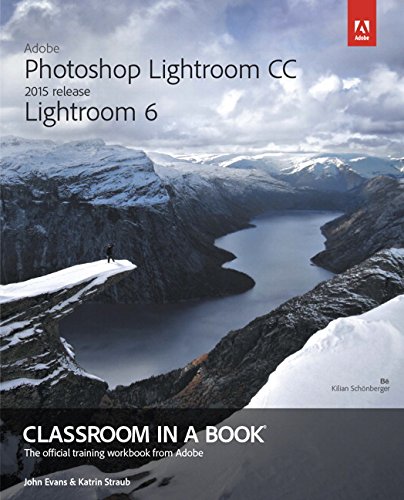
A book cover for Adobe Photoshop Lightroom CC (2015 release) / Lightroom 6 Classroom in a Book; John Evans; Arts & Photography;